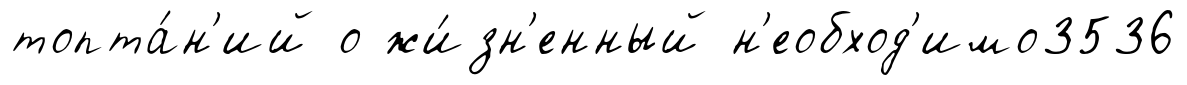
топта́н'ий о жи́зн'енный н'еобход'имо3536